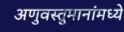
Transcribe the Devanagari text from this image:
अणुवस्तुमानांमध्ये